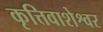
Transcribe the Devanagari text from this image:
कृत्तिवाशेश्वर